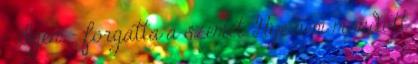
- Igen. - forgatta a szemét. Hye nem mondott